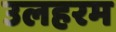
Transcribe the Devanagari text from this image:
उलहरम